Mental hospitals Bombay report 1921-28 - 1921-1928
Year: 1921
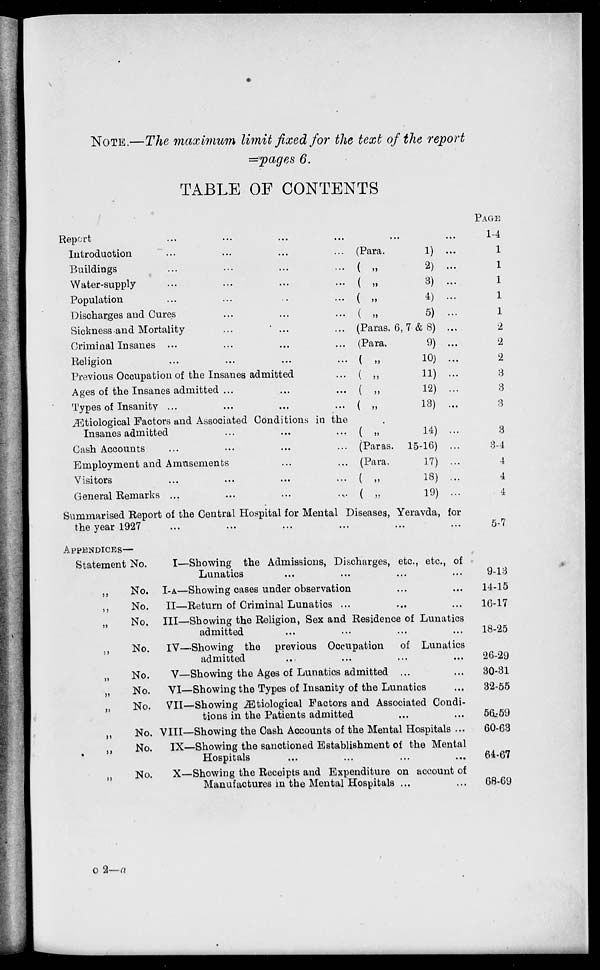
NOTE.—The maximum limit fixed for the text of the report
=pages 6.
TABLE OF CONTENTS
Report ... ... ... ...
Introduction ... ... ... ...
Buildings ... ... ... ...
Water-supply ... ... ... ...
Population ... ... ... ...
Discharges and Cures ... ... ...
Sickness and Mortality ... ... ...
Criminal Insanes ... ... ... ...
Religion ... ... ... ...
Previous Occupation of the Insanes admitted ...
Ages of the Insanes admitted ... ... ...
Types of Insanity
...
...
...
...
Ætiological Factors and Associated Conditions in the
Insanes admitted ... ... ...
Cash Accounts ... ... ...
Employment and Amusements ... ...
Visitors ... ... ... ...
General Remarks ... ... ... ...
PAGE
... ... 1-4
(Para.
1) ...
1
( „
2) ...
1
( „
3) ...
1
( „
4) ...
1
( „
5) ...
1
(Paras. 6, 7 & 8) ...
2
(Para.
9) ...
2
( „
10) ...
2
( „
11)
...
3
( „
12) ...
3
(
„
13) ...
3
( „
14) ...
3
(Paras. 15-16) ...
3-4
(Para.
17) ...
4
( „
18)
...
4
( „
19) ...
4
Summarised Report of the Central Hospital for Mental Disseases, Yeravda, for
the year 1927
...
...
...
...
...
...
...
...
5-7
APPENDICES—
Statement No.
„
No.
„
No.
„
No.
.,
No.
„
No.
„
No.
„
No.
„
No.
„
No.
„
No.
I—Showing the Admissions, Discharges, etc., etc., of
Lunatics ... ... ... ...
I-A—Showing cases under observation ... ...
II—Return of Criminal Lunatics ... ... ....
III—Showing the Religion, Sex and Residence of Lunatics
admitted ... ... ... ...
IV—Showing the previous Occupation
of Lunatics
admitted ... ... ... ...
V—Showing the Ages of Lunatics admitted ... ...
VI—Showing the Types of Insanity of the Lunatics ...
VII—Showing Ætiological Factors and Associated Condi-
tions in the Patients admitted ... ...
VIII—Showing the Cash Accounts of the Mental Hospitals ...
IX—Showing the sanctioned Establishment of the Mental
Hospitals ... ... ... ...
X—Showing the Receipts and Expenditure on account of
Manufactures in the Mental Hospitals ... ...
9-13
14-15
16-17
18-25
26-29
30-31
32-55
56-59
60-63
64-67
68-69
o 2— a